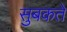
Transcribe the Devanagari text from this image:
सुबकते